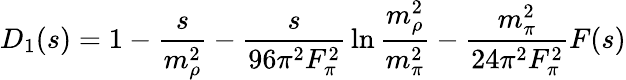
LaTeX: D_{1}(s)=1-{\frac{s}{m_{\rho}^{2}}}-{\frac{s}{96\pi^{2}F_{\pi}^{2}}}\ln{\frac{m_{\rho}^{2}}{m_{\pi}^{2}}}-{\frac{m_{\pi}^{2}}{24\pi^{2}F_{\pi}^{2}}}F(s)